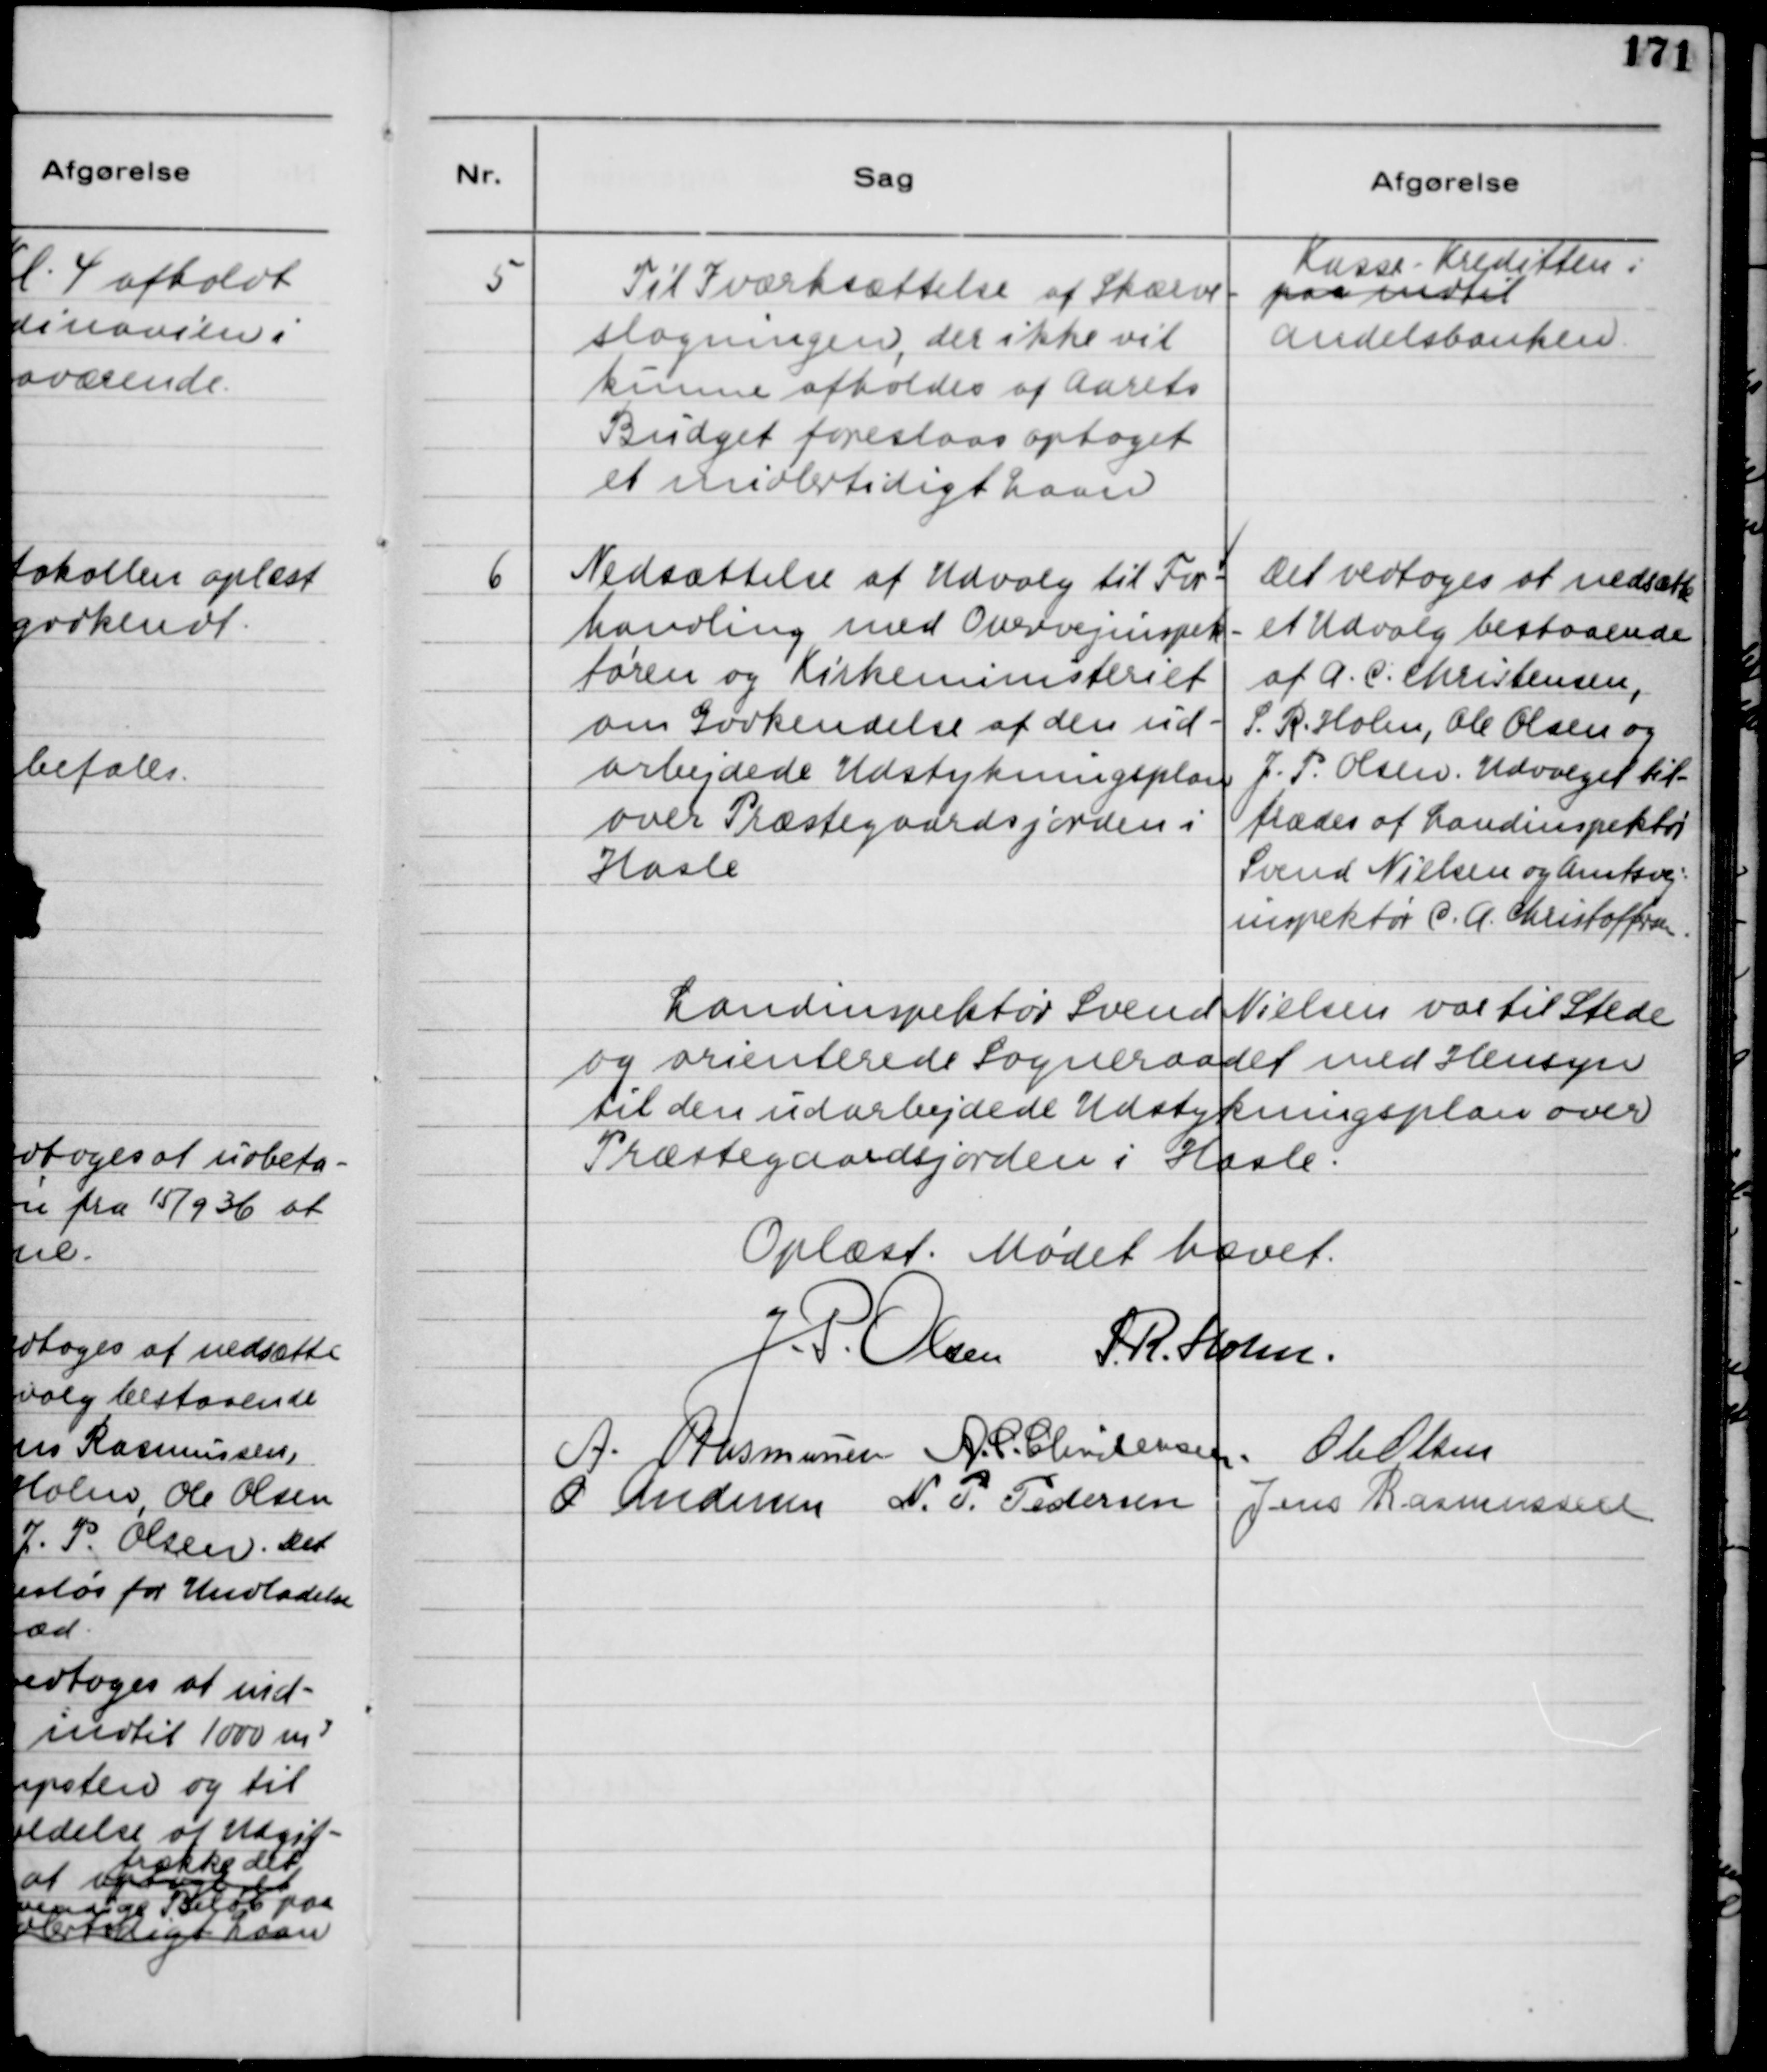
Transskription:
5
Til Iværksættelse af Skærve-
slagningen, der ikke vil
kunne afholdes af Aarets
Budget foreslaaes optaget 
et midlertidigt Laan
Kasse-Kreditten i
paa indtil
Andelsbanken
6
Nedsættelse af Udvalg til For-
handling med Overvejinspek-
tøren og Kirkeministeriet
om Godkendelse af den ud-
arbejdede Udstykningsplan
over Præstegaardsjorden i
Hasle
Det vedtoges at nedsætte
et Udvalg bestaaende
af A.C. Christensen,
S. R. Holm. Ole Olsen og
J.P. Olsen. Udvalget til
trædes af Landindspektør
Svend Nielsen og Amtsvej-
inspektør C.A. Christoffersen.
Landinspektør Svend Nielsen var til Stede
og orienterede Sogneraadet med Hensyn
til den udarbejdede Udstykningsplan over
Præstegaardsjorden i Hasle.
Oplæst. Mødet hævet.
J.P. Olsen
S. R. Holm.
A. Rasmussen
A.C. Christensen
Ole Olsen
O. Andersen
N.P. Pedersen
Jens Rasmussen